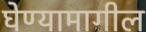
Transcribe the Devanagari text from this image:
घेण्यामागील